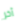
آخر